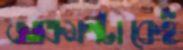
আক্রমণটাকেই